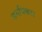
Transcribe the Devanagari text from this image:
जनधिकार